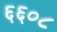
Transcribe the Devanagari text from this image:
६६०८